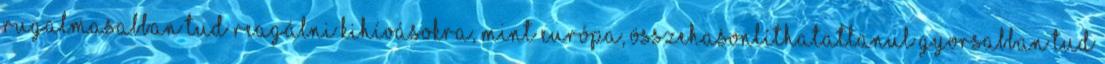
rugalmasabban tud reagálni kihívásokra, mint Európa, összehasonlíthatatlanul gyorsabban tud